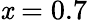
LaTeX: \mathit{x}=0.7